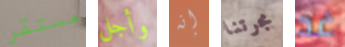
مستقر وأجل إنه مجرتنا غد